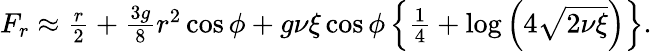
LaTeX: \begin{array}{r}{F_{r}\approx\frac{r}{2}+\frac{3g}{8}r^{2}\cos\phi+g\nu\xi\cos\phi\left\{ \frac{1}{4}+\log\left(4\sqrt{2\nu\xi}\right)\right\} .}\end{array}